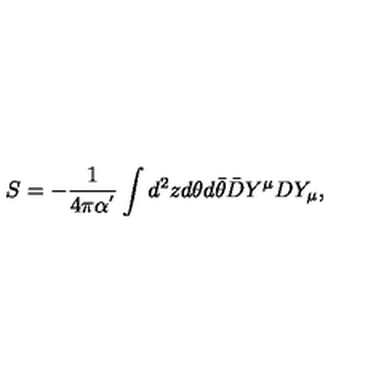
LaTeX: S = - \frac { 1 } { 4 \pi \alpha ^ { ' } } \int d ^ { 2 } z d \theta d \bar { \theta } \bar { D } Y ^ { \mu } D Y _ { \mu } ,